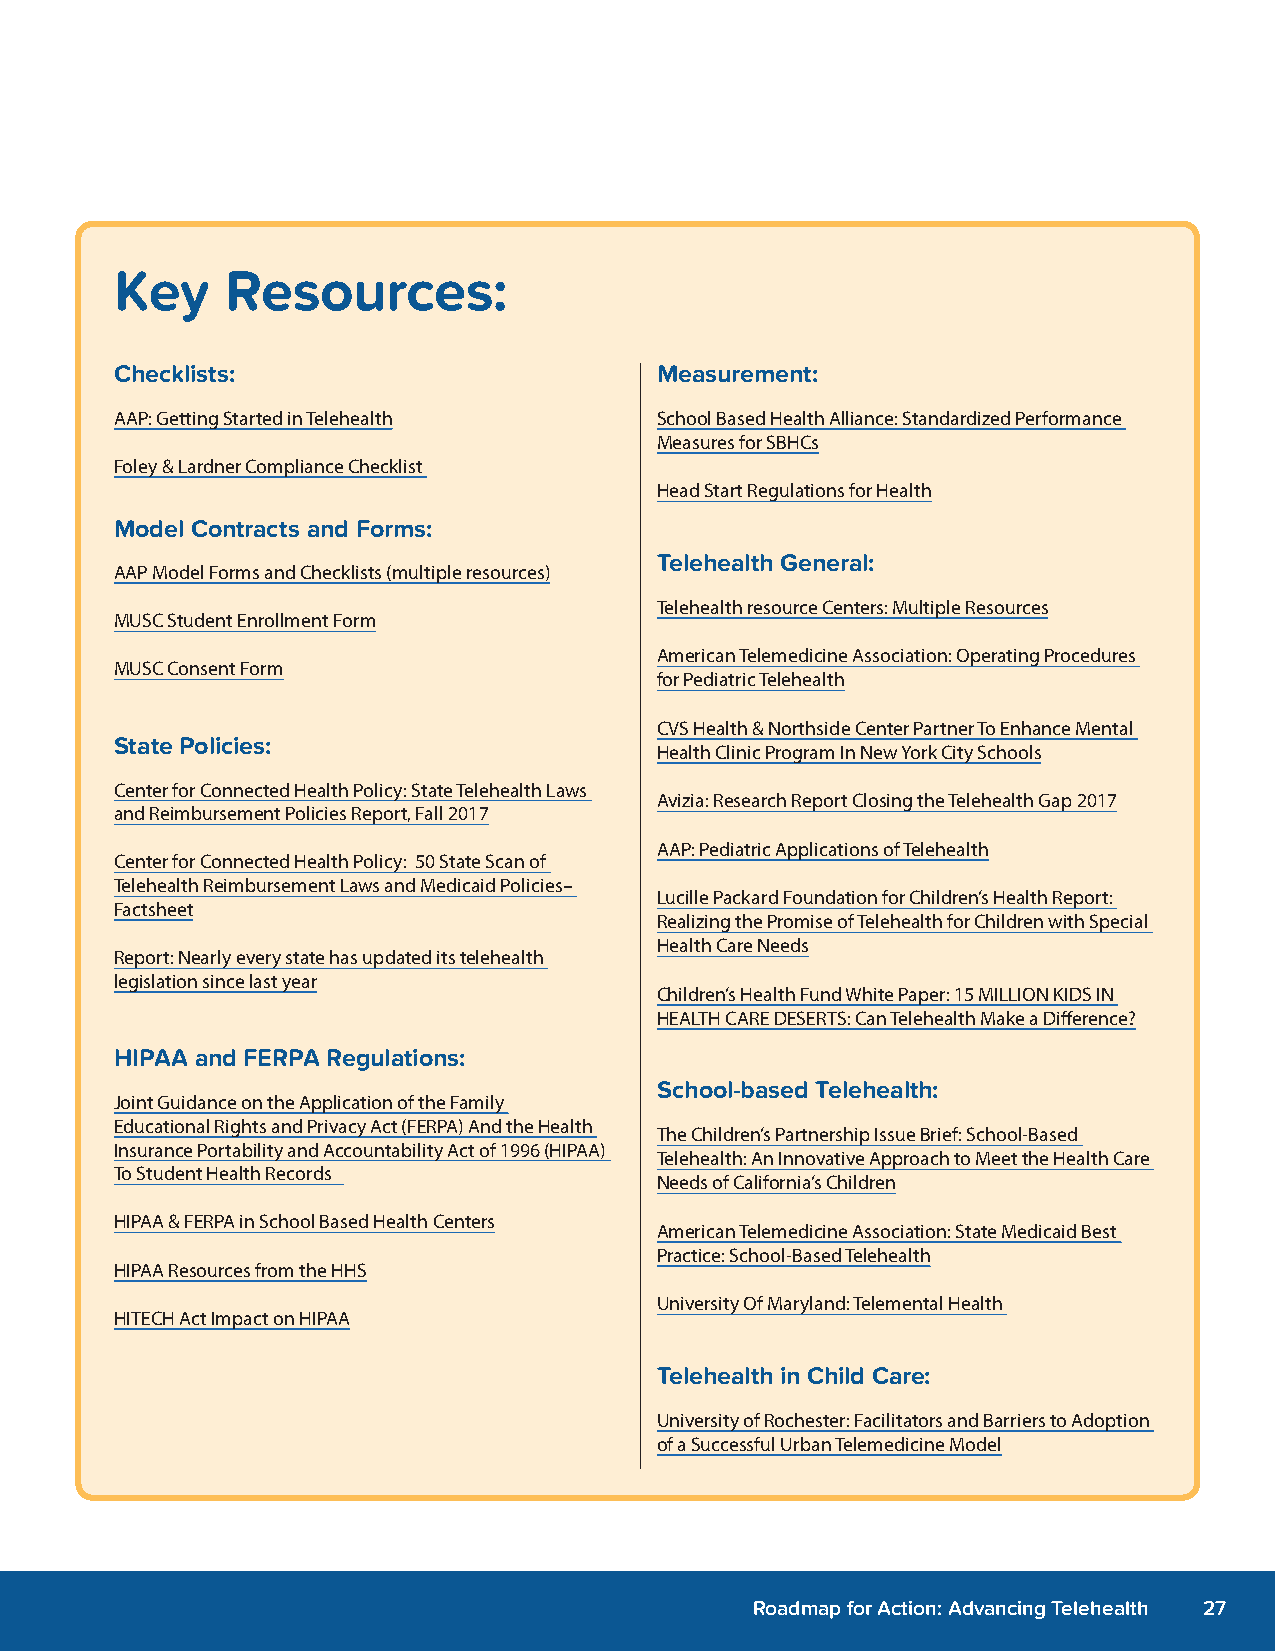
Key    Resources:
 Checklists:                        Measurement:
 AAP: Getting Started in Telehealth School Based Health Alliance: Standardized Performance
 Measures for SBHCs
 Foley & Lardner Compliance Checklist
 Head Start Regulations for Health
 Model Contracts and Forms:
 Telehealth General:
 AAP Model Forms and Checklists (multiple resources)
 Telehealth resource Centers: Multiple Resources
 MUSC Student Enrollment Form
 American Telemedicine Association: Operating Procedures
 MUSC Consent Form
 for Pediatric Telehealth
 CVS Health & Northside Center Partner To Enhance Mental
 State Policies:
 Health Clinic Program In New York City Schools
 Center for Connected Health Policy: State Telehealth Laws
 Avizia: Research Report Closing the Telehealth Gap 2017
 and Reimbursement Policies Report, Fall 2017
 AAP: Pediatric Applications of Telehealth
 Center for Connected Health Policy: 50 State Scan of
 Telehealth Reimbursement Laws and Medicaid Policies–
 Lucille Packard Foundation for Children’s Health Report:
 Factsheet
 Realizing the Promise of Telehealth for Children with Special
 Health Care Needs
 Report: Nearly every state has updated its telehealth
 legislation since last year
 Children’s Health Fund White Paper: 15 MILLION KIDS IN
 HEALTH CARE DESERTS: Can Telehealth Make a Difference?
 HIPAA and FERPA Regulations:
 School-based Telehealth:
 Joint Guidance on the Application of the Family
 Educational Rights and Privacy Act (FERPA) And the Health
 The Children’s Partnership Issue Brief: School-Based
 Insurance Portability and Accountability Act of 1996 (HIPAA)
 Telehealth: An Innovative Approach to Meet the Health Care
 To Student Health Records
 Needs of California’s Children
 HIPAA & FERPA in School Based Health Centers
 American Telemedicine Association: State Medicaid Best
 Practice: School-Based Telehealth
 HIPAA Resources from the HHS
 University Of Maryland: Telemental Health
 HITECH Act Impact on HIPAA
 Telehealth in Child Care:
 University of Rochester: Facilitators and Barriers to Adoption
 of a Successful Urban Telemedicine Model
 Roadmap for Action: Advancing Telehealth 27